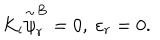
K _ { i } \stackrel { \sim } { \psi } _ { r } ^ { B } = 0 , ~ \varepsilon _ { r } = 0 .